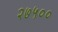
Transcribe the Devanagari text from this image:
२७५००